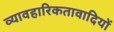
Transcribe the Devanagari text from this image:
व्यावहारिकतावादियों